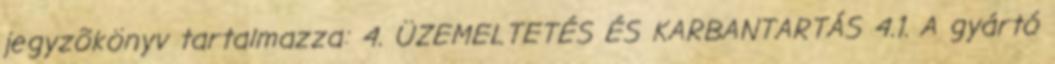
jegyzõkönyv tartalmazza: 4. ÜZEMELTETÉS ÉS KARBANTARTÁS 4.1. A gyártó